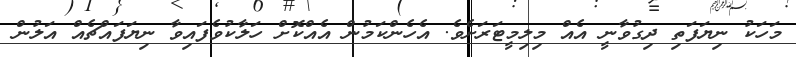
މަހަކު ނިޔަފަތި ދިގުވާނީ އެއް މިލިމީޓަރަށެވެ. އެހެންކަމުން އެއްކޮށް ހަލާކުވެފައިވާ ނިޔަފައްޗެއް އަލުން